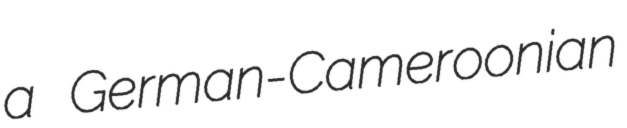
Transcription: a German-Cameroonian